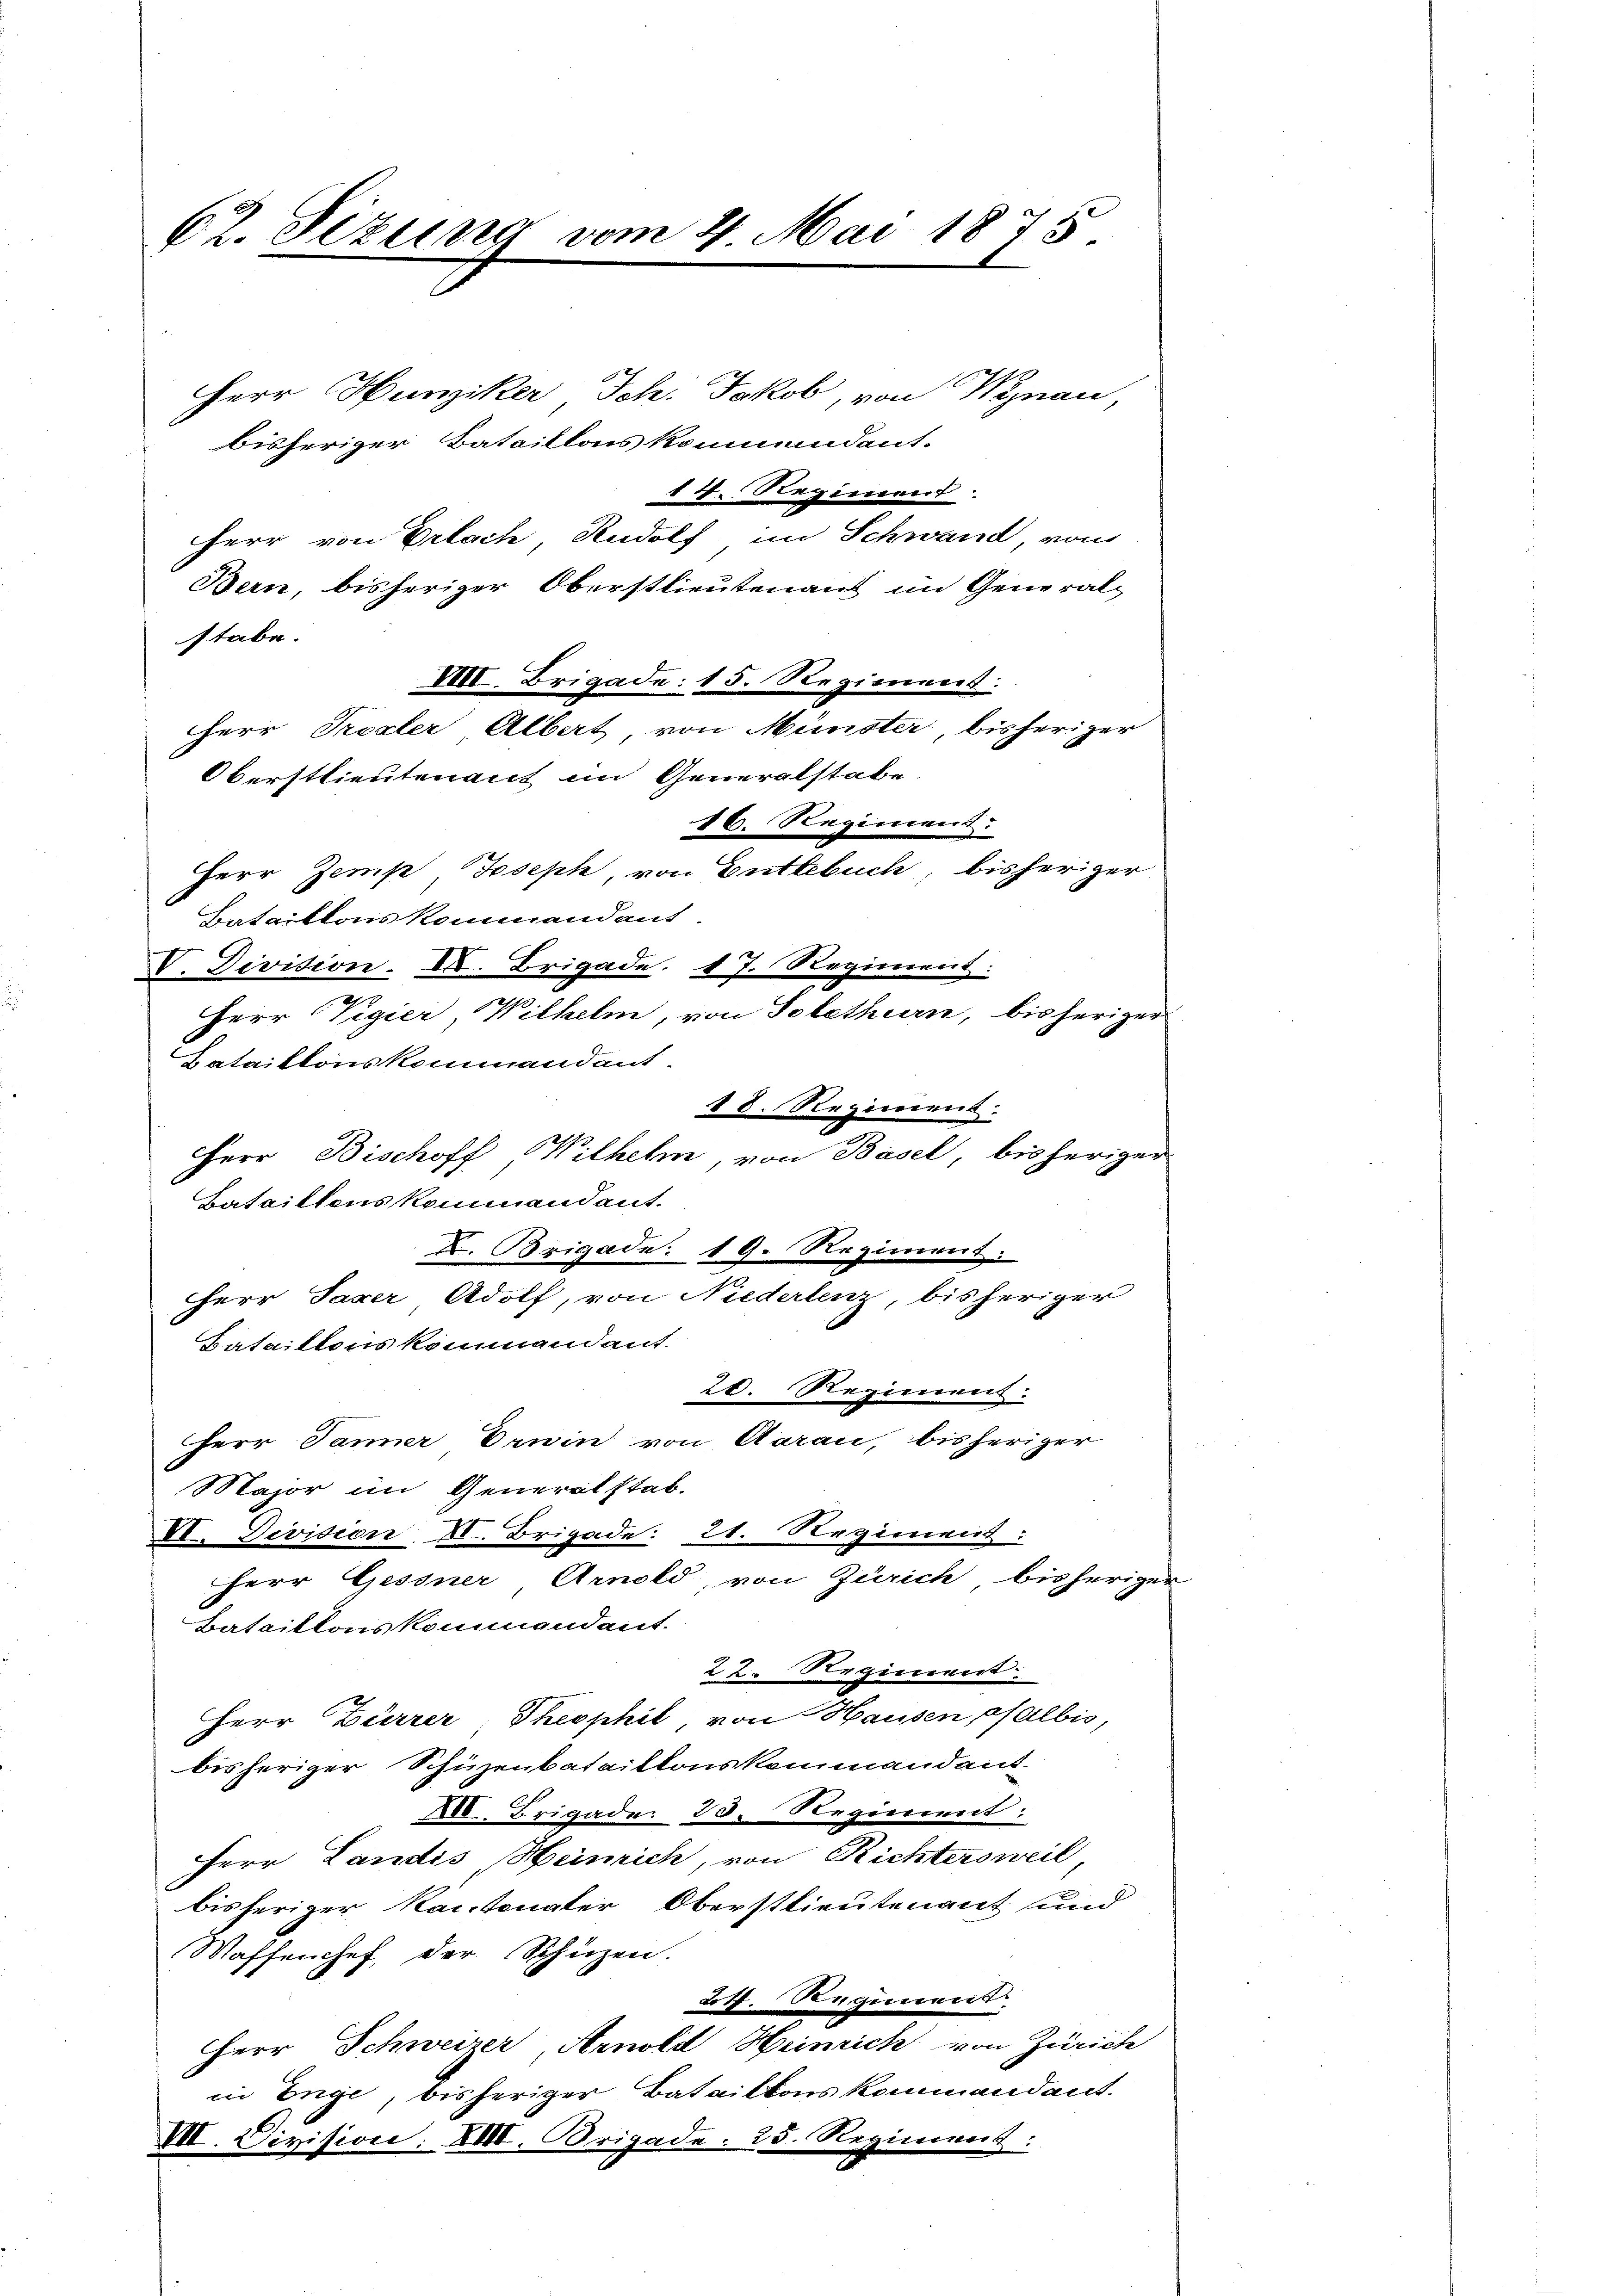
62. Tizung vom 4. Mai 1875
t

Herr Hunziker Joh. Jakob, von Wynau
bisheriger Bataillons kommendant.
14. Regiment
Herr von Erlach Rudolf im Schwand, von
Bern, bisheriger Oberstlieutenaus im Generalstabe.
XII. Brigade: 15. Regiment:
Herr Probler Albert, von Münster, bisheriger
Oberstlieutenant im Generalstabe.
16. Regiment
Herr Zemp, Joseph, von Entlebuch, bisheriger
Bataillons kommendans
V. Division- II. Brigade. 17. Regiment:
2
Herr Vigier, Wilhelm, von Selethurn, bisheriger
Batailtonskommandant.
18. Regiment.
Herr Bischoff Wilhelm, von Basel, bisheriger
Batailtens kommendant.
X. Brigade: 19. Regiment:
Herr Saxer Adolf, von Niederlenz, bisheriger
Bataillonskommandant.
20. Regiment:
Herr Janner Erwin von Aarau, bisheriger
Major im Generalstab.
VI. Division II. Brigade: 21. Regiment:
Herr Gessner Arnold, von Zürich bisherigen
Bataillons kommendant.
22. Regiment
Herr Zürrer, Theophil, von Hausen pfalbis,
bisheriger Schüzenbataillonskommandant
XII. Brigade: 20. Regiment:
Herr Landis Heinrich, von Richtersweil,
bisheriger Kantonaler Oberstlieutenant und
Waffenchef der Schüzen.
24. Regiment
Herr Schweizer Arnold Heinrich von Zürich
in Enge, bisheriger Batailtons kommandant.
VII. Division: XIII. Brigade. 25. Regiment: